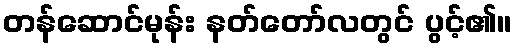
တန်ဆောင်မုန်း နတ်တော်လတွင် ပွင့်၏။